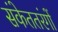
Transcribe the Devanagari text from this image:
संकेततरंगों